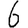
Digit: 6